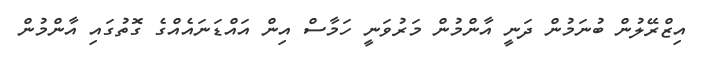
އިޒްރޭލުން ބުނަމުން ދަނީ އާންމުން މަރުވަނީ ހަމާސް އިން އައްޑަނައެއްގެ ގޮތުގައި އާންމުން